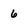
Character: 6